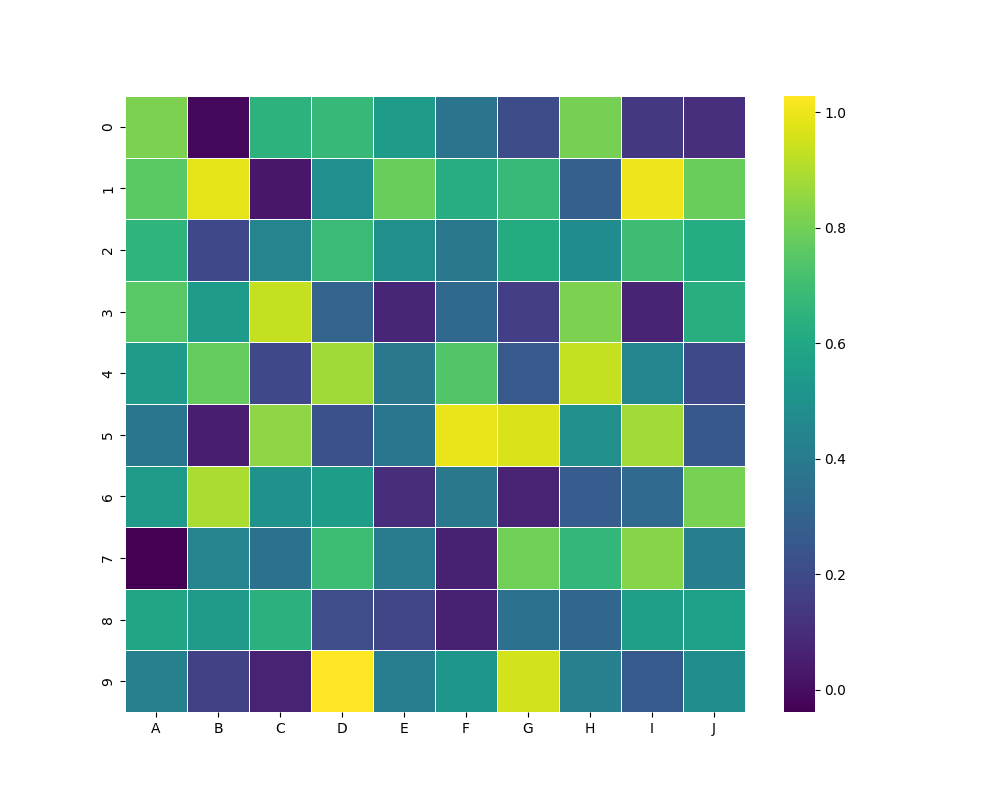
python, seaborn, heatmap, cmap='viridis', linewidths=0.5, center=none